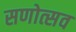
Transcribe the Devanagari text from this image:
सणोत्सव